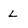
Character: L